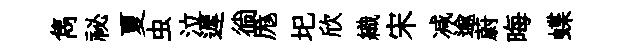
雋祕夏虫泣遲徜厖圯欣織宋减逾蔚晦蝶